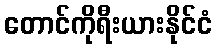
တောင်ကိုရီးယားနိုင်ငံ